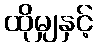
ထိုမျှနှင့်